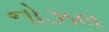
નોઝલ